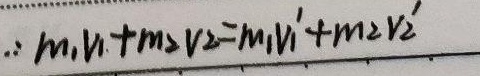
\(\therefore m_{1}v_{1}+m_{2}v_{2}=m_{1}v_{1}'+m_{2}v_{2}'\)